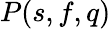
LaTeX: P(s,f,q)